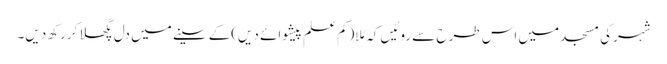
شہرکی مسجد میں اس طرح سے روئیں کہ مُلا(کم علم پیشوائے دیں)کے سینے میں دل پگھلا کررکھ دیں۔